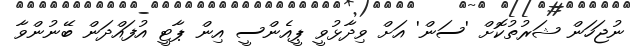
ނުޖަހަން ޝަރުތުކޮށް 'ސަން' އަށް ވިދާޅުވީ ޕީއެންސީ އިން ޕާޓީ އުފައްދަން ބޭނުންވާ